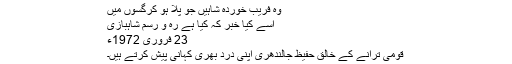
وہ فریب خوردہ شاہیں جو پلا ہو کرگسوں میں
اسے کیا خبر کہ کیا ہے رہ و رسم شاہبازی
23 فروری 1972ء
قومی ترانے کے خالق حفیظ جالندھری اپنی درد بھری کہانی پیش کرتے ہیں۔